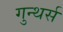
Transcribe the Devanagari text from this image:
गुन्थर्स